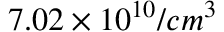
7 . 0 2 \times 1 0 ^ { 1 0 } / c m ^ { 3 }